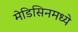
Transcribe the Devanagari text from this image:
मेडिसिनमध्ये